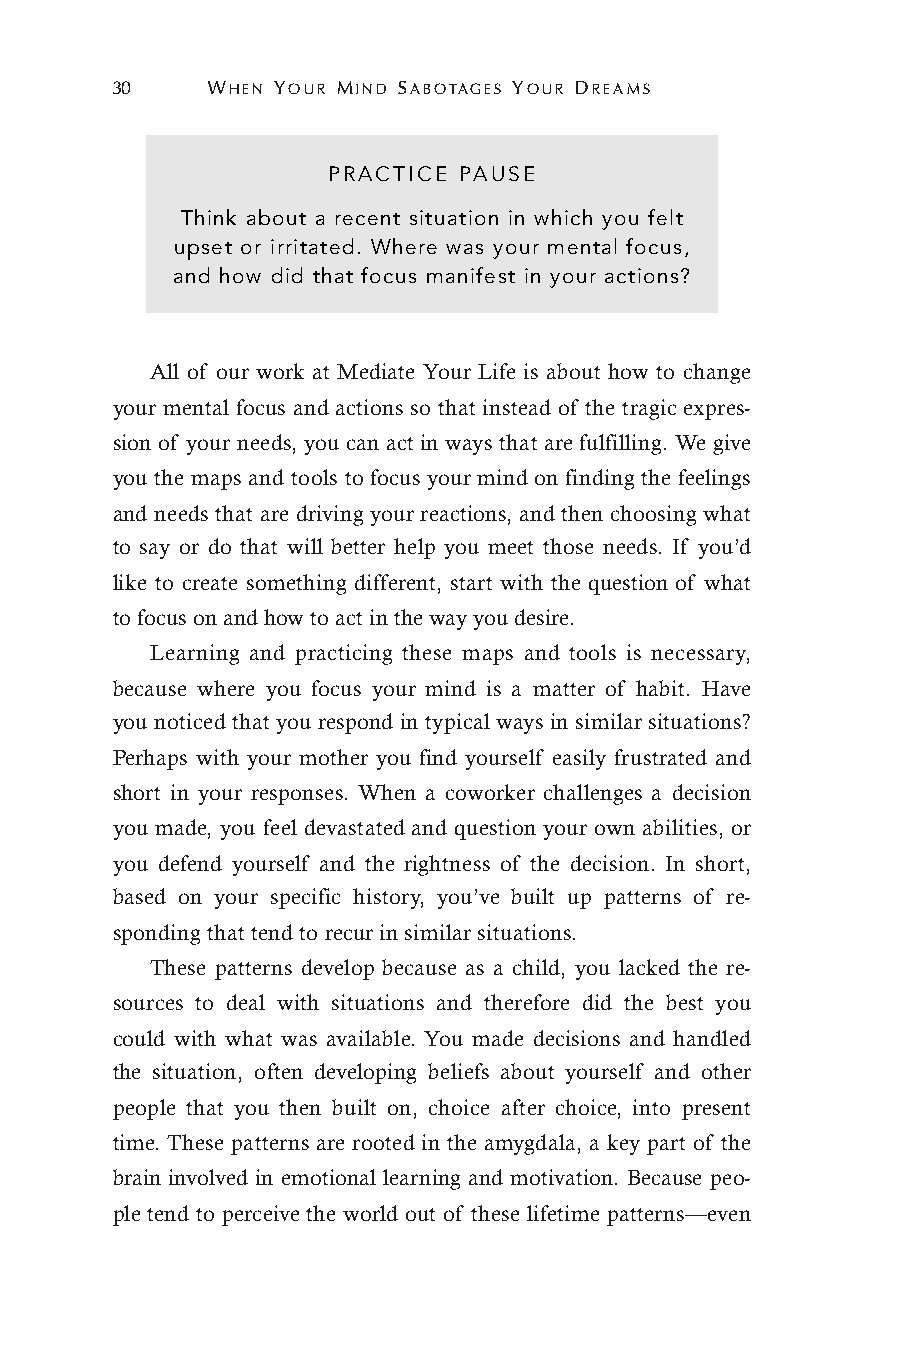
30     WHEN YOUR MIND SABOTAGES YOUR DREAMS
 PRACTICE PAUSE
 Think about a recent situation in which you felt
 upset or irritated. Where was your mental focus,
 and how did that focus manifest in your actions?
 All of our work at Mediate Your Life is about how to change
 your mental focus and actions so that instead of the tragic expres-
 sion of your needs, you can act in ways that are fulfilling. We give
 you the maps and tools to focus your mind on finding the feelings
 and needs that are driving your reactions, and then choosing what
 to say or do that will better help you meet those needs. If you’d
 like to create something different, start with the question of what
 to focus on and how to act in the way you desire.
 Learning and practicing these maps and tools is necessary,
 because where you focus your mind is a matter of habit. Have
 you noticed that you respond in typical ways in similar situations?
 Perhaps with your mother you find yourself easily frustrated and
 short in your responses. When a coworker challenges a decision
 you made, you feel devastated and question your own abilities, or
 you defend yourself and the rightness of the decision. In short,
 based on your specific history, you’ve built up patterns of re-
 sponding that tend to recur in similar situations.
 These patterns develop because as a child, you lacked the re-
 sources to deal with situations and therefore did the best you
 could with what was available. You made decisions and handled
 the situation, often developing beliefs about yourself and other
 people that you then built on, choice after choice, into present
 time. These patterns are rooted in the amygdala, a key part of the
 brain involved in emotional learning and motivation. Because peo-
 ple tend to perceive the world out of these lifetime patterns—even